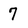
Character: 7